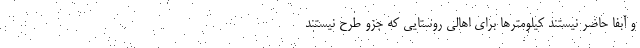
و آبفا حاضر نیستند کیلومترها برای اهالی روستایی که جزو طرح نیستند